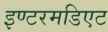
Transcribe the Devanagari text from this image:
इण्टरमडिएट